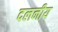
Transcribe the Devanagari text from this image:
दलनीय